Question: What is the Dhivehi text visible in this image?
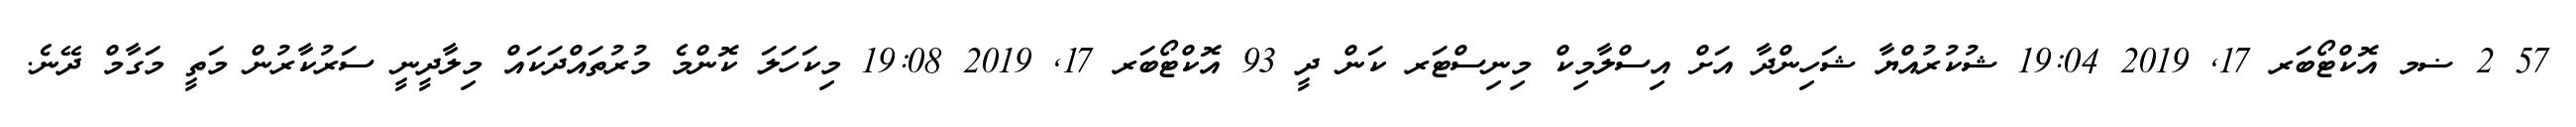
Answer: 57 2 ޟމ އޮކްޓޯބަރ 17, 2019 19:04 ޝުކުރުއްޔާ ޝަހިންދާ އަށް އިސްލާމިކް މިނިސްޓަރ ކަން ދީ 93 އޮކްޓޯބަރ 17, 2019 19:08 މިކަހަލަ ކޮންމެ މުރުތައްދަކައް މިލާދީނީ ސަރުކާރުން މަތީ މަގާމް ދޭނެ.